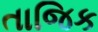
તાજિક